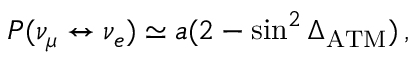
P ( \nu _ { \mu } \leftrightarrow \nu _ { e } ) \simeq a ( 2 - \sin ^ { 2 } \Delta _ { \mathrm { A T M } } ) \, ,